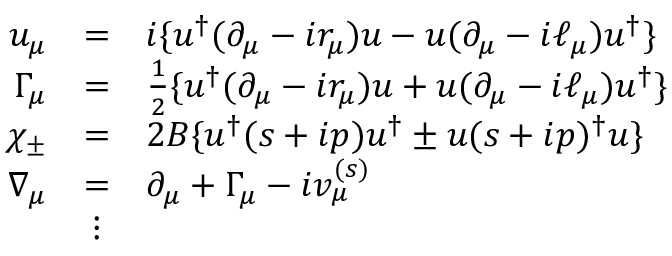
\begin{array} { r c l } { { u _ { \mu } } } & { { = } } & { { i \{ u ^ { \dagger } ( \partial _ { \mu } - i r _ { \mu } ) u - u ( \partial _ { \mu } - i \ell _ { \mu } ) u ^ { \dagger } \} } } \\ { { \Gamma _ { \mu } } } & { { = } } & { { \frac 1 2 \{ u ^ { \dagger } ( \partial _ { \mu } - i r _ { \mu } ) u + u ( \partial _ { \mu } - i \ell _ { \mu } ) u ^ { \dagger } \} } } \\ { { \chi _ { \pm } } } & { { = } } & { { 2 B \{ u ^ { \dagger } ( s + i p ) u ^ { \dagger } \pm u ( s + i p ) ^ { \dagger } u \} } } \\ { { \nabla _ { \mu } } } & { { = } } & { { \partial _ { \mu } + \Gamma _ { \mu } - i v _ { \mu } ^ { ( s ) } } } \\ { { } } & { { \vdots } } & { { } } \end{array}